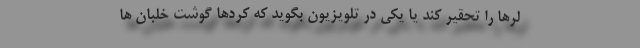
لرها را تحقیر کند یا یکی در تلویزیون بگوید که کردها گوشت خلبان ها